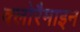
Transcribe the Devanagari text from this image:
क्लोरैमाइन